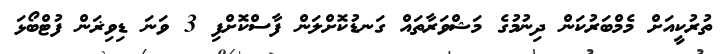
ތުރުކީއަށް މެމްބަރުކަން ދިނުމުގެ މަޝްވަރާތައް ގަނޑުކޮށްލަން ފާސްކޮށްފި 3 ވަނަ ޑިވިޜަން ފުޓްބޯޅަ